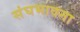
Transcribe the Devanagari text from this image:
संघभावना